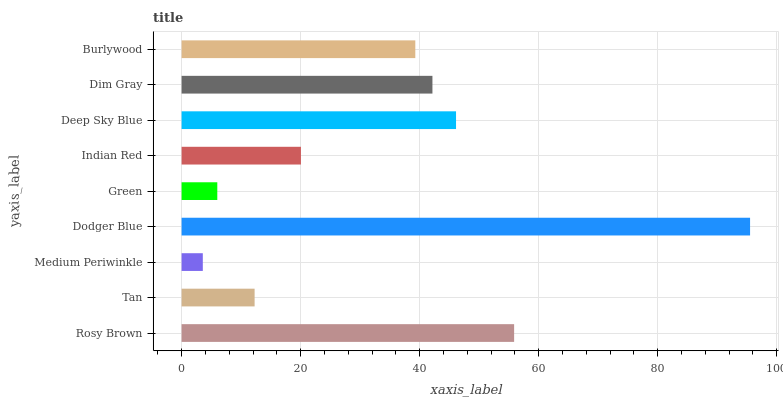
| yaxis_label | bars |
 | --- | --- |
 | Rosy Brown | 55.9 |
 | Tan | 12.3 |
 | Medium Periwinkle | 3.57 |
 | Dodger Blue | 95.5 |
 | Green | 6 |
 | Indian Red | 20.1 |
 | Deep Sky Blue | 46.1 |
 | Dim Gray | 42.2 |
 | Burlywood | 39.3 |